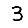
Digit: 3